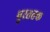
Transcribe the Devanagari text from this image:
पुरततक